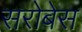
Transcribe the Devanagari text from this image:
सरोबेस